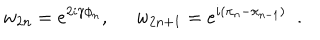
LaTeX: w _ { 2 n } = e ^ { 2 i \gamma \phi _ { n } } , \; \; w _ { 2 n + 1 } = e ^ { i ( \pi _ { n } - \pi _ { n - 1 } ) } \; \; .